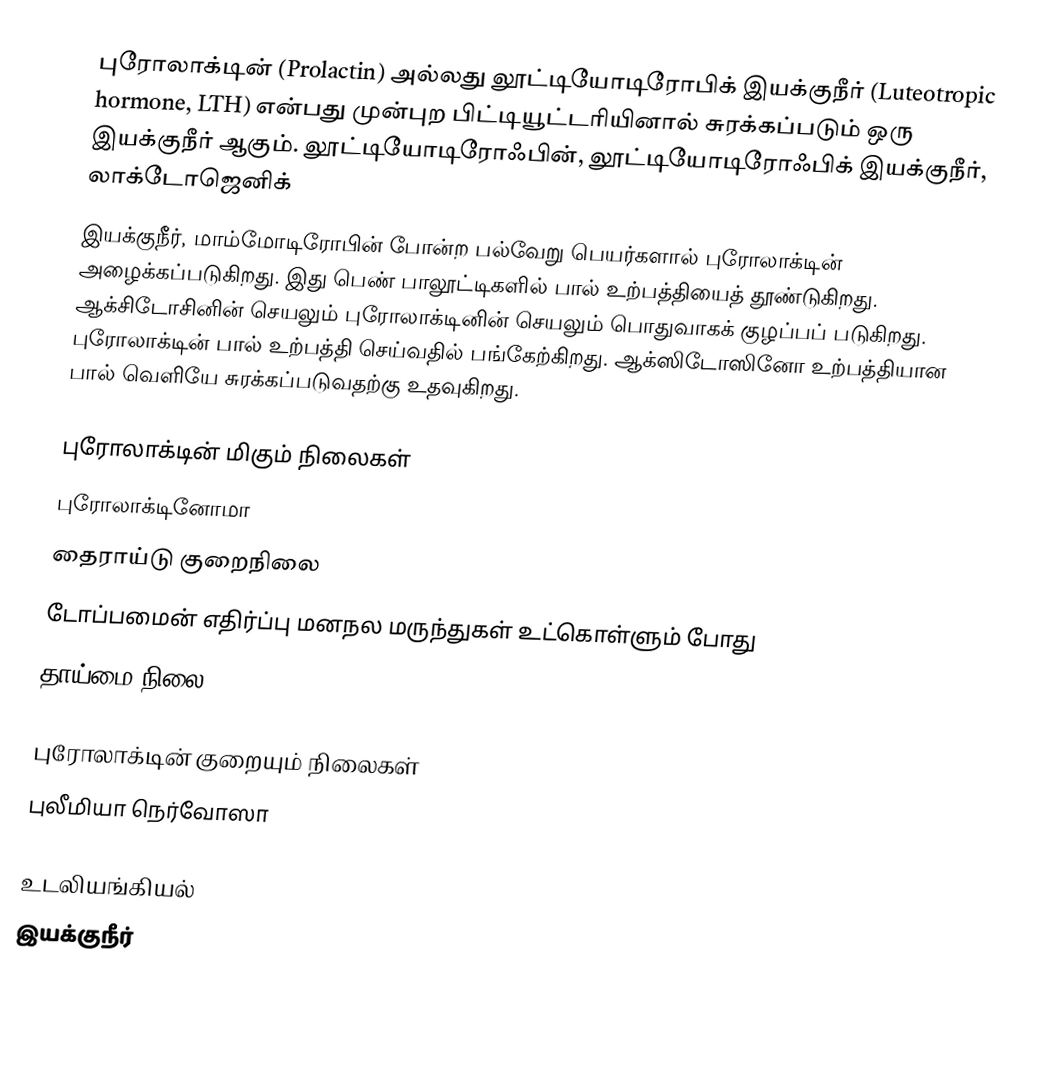
புரோலாக்டின் (Prolactin) அல்லது லூட்டியோடிரோபிக் இயக்குநீர் (Luteotropic hormone, LTH) என்பது முன்புற பிட்டியூட்டரியினால் சுரக்கப்படும் ஒரு இயக்குநீர் ஆகும். லூட்டியோடிரோஃபின், லூட்டியோடிரோஃபிக் இயக்குநீர், லாக்டோஜெனிக்
இயக்குநீர், மாம்மோடிரோபின் போன்ற பல்வேறு பெயர்களால் புரோலாக்டின் அழைக்கப்படுகிறது. இது பெண் பாலூட்டிகளில் பால் உற்பத்தியைத் தூண்டுகிறது. ஆக்சிடோசினின் செயலும் புரோலாக்டினின் செயலும் பொதுவாகக் குழப்பப் படுகிறது. புரோலாக்டின் பால் உற்பத்தி செய்வதில் பங்கேற்கிறது. ஆக்ஸிடோஸினோ உற்பத்தியான பால் வெளியே சுரக்கப்படுவதற்கு உதவுகிறது.

புரோலாக்டின் மிகும் நிலைகள்
 புரோலாக்டினோமா
தைராய்டு குறைநிலை
 டோப்பமைன் எதிர்ப்பு மனநல மருந்துகள் உட்கொள்ளும் போது
தாய்மை நிலை

புரோலாக்டின் குறையும் நிலைகள்
 புலீமியா நெர்வோஸா

உடலியங்கியல்
இயக்குநீர்